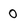
Character: 0